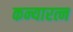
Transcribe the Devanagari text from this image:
कन्यारत्न